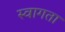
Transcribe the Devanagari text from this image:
स्वागता